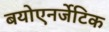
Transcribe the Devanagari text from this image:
बयोएनर्जेटिक